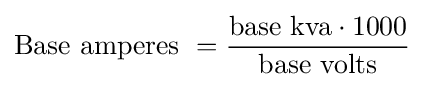
{\text{Base amperes }}={\frac {{\text{base kva}}\cdot 1000}{\text{base volts}}}